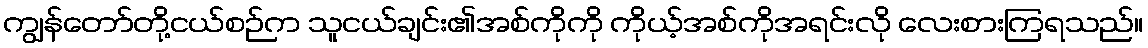
ကျွန်တော်တို့ငယ်စဉ်က သူငယ်ချင်း၏အစ်ကိုကို ကိုယ့်အစ်ကိုအရင်းလို လေးစားကြရသည်။